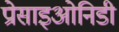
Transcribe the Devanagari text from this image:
प्रोसाइओनिडी